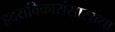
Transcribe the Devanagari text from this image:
हृदयविकारांसारख्या